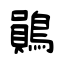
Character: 鶰